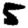
Digit: 5